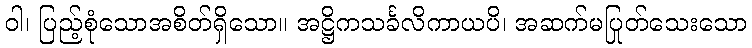
ဝါ၊ ပြည့်စုံသောအစိတ်ရှိသော။ အဋ္ဌိကသင်္ခလိကာယပိ၊ အဆက်မပြုတ်သေးသော